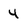
Character: 4